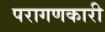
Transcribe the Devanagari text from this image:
परागणकारी